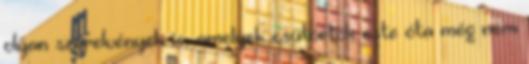
olyan szerelvények is, amelyek csütörtök este óta még nem